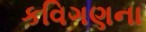
કવિગણના